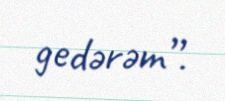
gedərəm”.